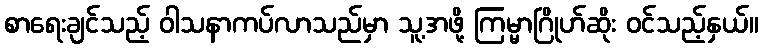
စာရေးချင်သည့် ဝါသနာကပ်လာသည်မှာ သူ့အဖို့ ကြမ္မာဂြိုဟ်ဆိုး ဝင်သည့်နှယ်။